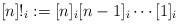
LaTeX: \begin{align*}[n]!_i := [n]_i [n-1]_i \cdots [1]_i\end{align*}